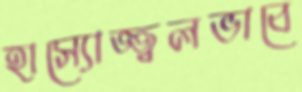
হাস্যোজ্জ্বলভাবে